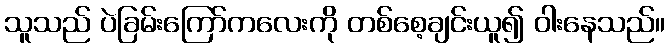
သူသည် ပဲခြမ်းကြော်ကလေးကို တစ်စေ့ချင်းယူ၍ ဝါးနေသည်။